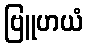
ဗြူဟယံ